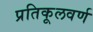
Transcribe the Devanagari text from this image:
प्रतिकूलवर्ण